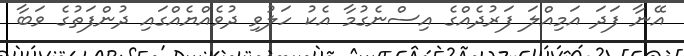
އޭނާ ފަދަ އަމިއްލަ ފަރުދެއްގެ އިސްނެގުމާ އެކު ހަލުވި ދުވެއްޔެއްގައި ދުންފަތުގެ ވަބާ